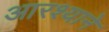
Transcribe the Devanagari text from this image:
आरश्याने